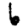
Digit: 6